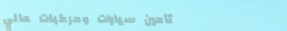
تأمين سيارات ومركبات عالي